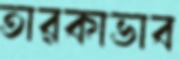
তারকাভাব